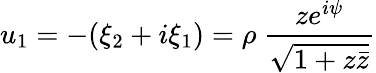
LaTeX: u_{1}=-(\xi_{2}+i\xi_{1})=\rho~\frac{ze^{i\psi}}{\sqrt{1+z\bar{z}}}